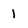
Character: 1